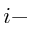
i -